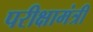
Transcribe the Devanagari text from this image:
परीक्षामंत्री